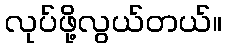
လုပ်ဖို့လွယ်တယ်။